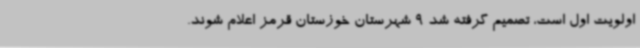
اولویت اول است، تصمیم گرفته شد 9 شهرستان خوزستان قرمز اعلام شوند.